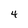
Character: 4